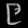
Digit: ၉